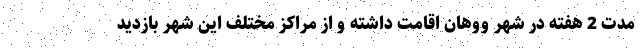
مدت 2 هفته در شهر ووهان اقامت داشته و از مراکز مختلف این شهر بازدید